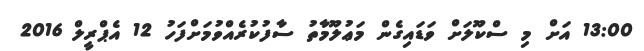
13:00 އަށް މި ސްކޫލަށް ވަޑައިގެން މަޢުލޫމާތު ސާފުކުރެއްވުމަށްފަހު 12 އެޕްރީލް 2016